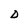
Character: D